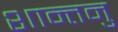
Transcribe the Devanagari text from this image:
शान्‍तनु